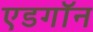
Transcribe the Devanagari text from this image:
एडगॉन